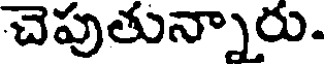
చెపుతున్నారు.